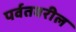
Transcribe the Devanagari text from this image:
पर्वतवरील